Annual administration and progress report of the Indian Medical Department, Bombay
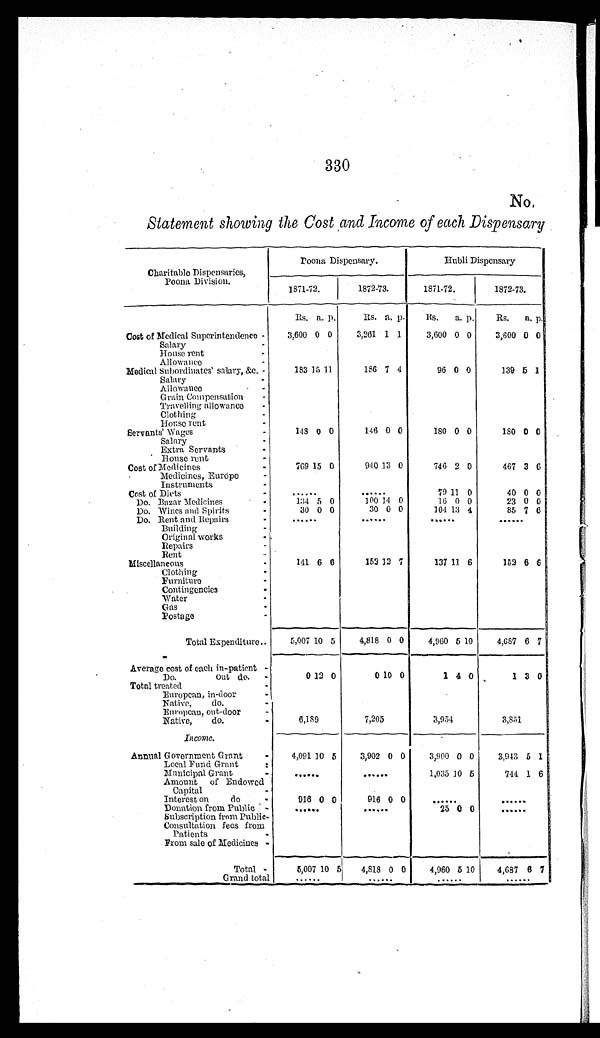
330
No.
Statement showing the Cost and Income of each Dispensary
Charitable Dispensaries,
Poona Division.
Poona Dispensary.
Hu b l i Di s p e n s a r y
1871-72.
1872-73.
1871-72.
1872-73.
Rs. a. p.
Rs. a. p.
Rs.
a. p.
Rs.
a. p.
Cost of Medical Superintendence -
3,600 0 0
3,261 1 1
3,600 0 0
3,600 0 0
Salary
-
House rent -
Allowance -
Medical Subordinates' salary, &c. -
183 15 11
186 7 4
96 0 0
139 5
1
Salary
-
Allowance -
Grain Compensation
-
Travelling allowance -
Clothing -
House rent -
Servants' Wages -
148 0 0
146 0 0
180 0 0
180 0 0
Salary
-
Extra Servants
-
House rent
-
Cost of Medicines -
769 15 0
940 13 0
746 2 0
467 3 6
Medicines, Europe -
Instruments -
Cost of Diets- . .
11 0
40 0 0
Do. Bazar Medicines -
134 5 0
100 14 0
16 0 0
23 0 0
Do. Wines and Spirits-
0 0
30 0 0
104 13 4
85 7 6
Do. Rent and Repairs-
. . .
Building
-
Original works -
Repairs
-
Rent -
Miscellaneous-
6 6
152 12 7
137 11 6
1 5 2 6 6
Clothing -
Furniture -
Contingencies -
Water -
Gas -
Postage -
Total Expenditure -
5,007 10 5
4,818 0 0
4,960 5 10
4,687 6 7
Average cost of each in-patient -
Do.
Out do. -
0 12 0
0 10 0
1 4 0
1 3 0
T o t a l t r e a t e d -
European, in-door -
Native, do. -
European, out-door -
7,205
3,954
3,851
Native,
do -
Income.
.
Annual Government Grant -
4,091 10 5
3,902 0 0
3,900 0 0
3,943 5 1
Local Fund Grant -
Municipal Grant-
1 , 0 3 5
10 5
744 1 6
Amount of Endowed
Capital
-
Intereston
do-
0 0
916 0 0
1
Donation from Public -
25 0 0
. . .
Subscription from Public-
Consultation fees from
Patients
-
From sale of Medicines -
Total -
5,007 10 5
4,818 0 0
4,960 5 10
4,687 6 7
Grand total
. . .
. . .
. . .
. . .